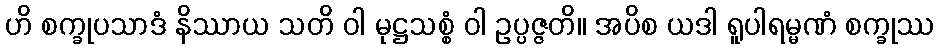
ဟိ စက္ခုပသာဒံ နိဿာယ သတိ ဝါ မုဋ္ဌသစ္စံ ဝါ ဥပ္ပဇ္ဇတိ။ အပိစ ယဒါ ရူပါရမ္မဏံ စက္ခုဿ